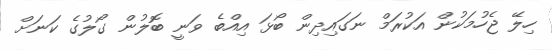
ހިލޭ ޖެހުމަކުން އަކުރަމް ނަގައިދިން ބޯޅަ އިއްބެ ވަނީ ބޮލުން ގޯލުގެ ކަނަށް